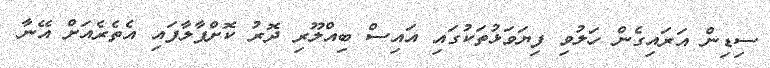
ސިޑިން އަރައިގެން ހަލުވި ފިޔަވަޅުތަކުގައި އައިސް ބިއްލޫރި ދޮރު ކޮށްޕާލާފައި އެތެރެއަށް އޭނާ